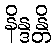
နိန္ဒန္တိ